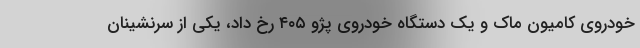
خودروی کامیون ماک و یک دستگاه خودروی پژو ۴۰۵ رخ داد، یکی از سرنشینان